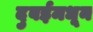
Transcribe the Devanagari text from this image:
दुबईमधून